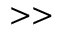
{ } > > { }